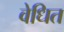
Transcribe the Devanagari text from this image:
वेधित